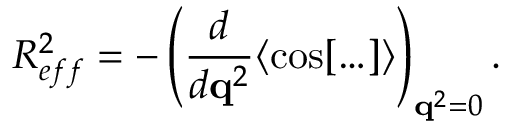
R _ { e f f } ^ { 2 } = - \left( \frac { d } { d { \bf q } ^ { 2 } } \langle \cos [ \ldots ] \rangle \right) _ { { \bf q } ^ { 2 } = 0 } .